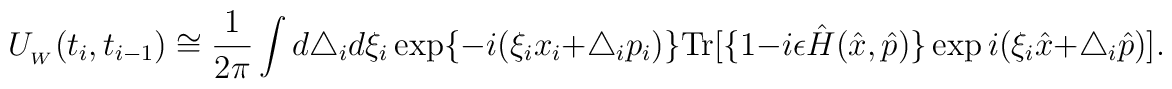
U_{_W}(t_i, t_{i-1}) \cong \frac{1}{2\pi }\int d\triangle _id\xi _i \exp\{-i(\xi _ix_i+\triangle _ip_i)\} \textrm{Tr}[\{1-i\epsilon \hat{H}(\hat{x},\hat{p})\}\exp i(\xi _i\hat{x}+\triangle _i\hat{p})].